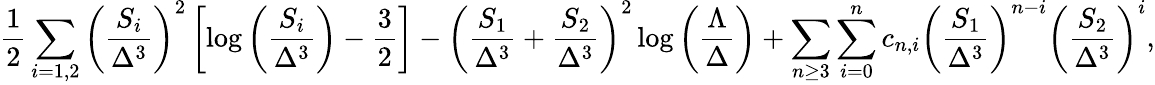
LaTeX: {\frac{1}{2}}\sum_{i=1,2}\left({\frac{S_{i}}{\Delta^{3}}}\right)^{2}\left[\log\left({\frac{S_{i}}{\Delta^{3}}}\right)-{\frac{3}{2}}\right]-\left({\frac{S_{1}}{\Delta^{3}}}+{\frac{S_{2}}{\Delta^{3}}}\right)^{2}\log\left({\frac{\Lambda}{\Delta}}\right)+\sum_{n\geq 3}\sum_{i=0}^{n}c_{n,i}\left({\frac{S_{1}}{\Delta^{3}}}\right)^{n-i}\left({\frac{S_{2}}{\Delta^{3}}}\right)^{i},